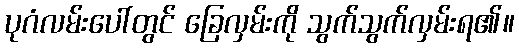
ပုဂံလမ်းပေါ်တွင် ခြေလှမ်းကို သွက်သွက်လှမ်းရ၏။